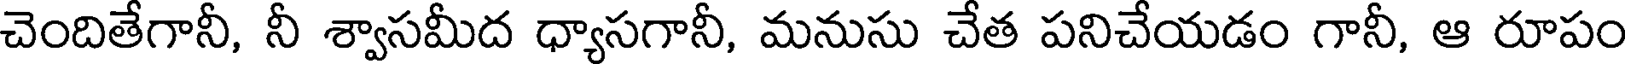
చెందితేగానీ, నీ శ్వాసమీద ధ్యాసగానీ, మనుసు చేత పనిచేయడం గానీ, ఆ రూపం